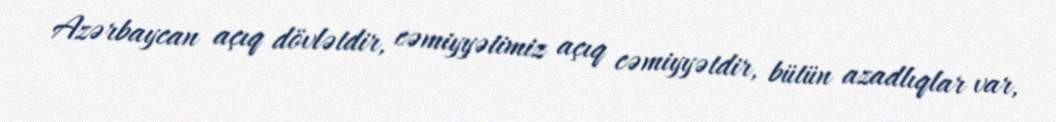
Azərbaycan açıq dövlətdir, cəmiyyətimiz açıq cəmiyyətdir, bütün azadlıqlar var,